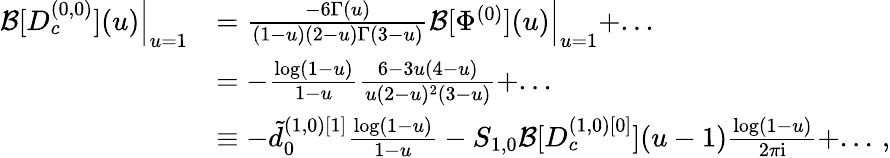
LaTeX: \begin{array}{rl}{\mathcal{B}[D_{c}^{(0,0)}](u)\Big|_{u=1}}&{=\frac{-6\Gamma(u)}{(1-u)(2-u)\Gamma(3-u)}\mathcal{B}[\Phi^{(0)}](u)\Big|_{u=1}+...}\\ &{=-\frac{\log(1-u)}{1-u}\frac{6-3u(4-u)}{u(2-u)^{2}(3-u)}+...}\\ &{\equiv-\tilde{d}_{0}^{(1,0)[1]}\frac{\log(1-u)}{1-u}-S_{1,0}\mathcal{B}[D_{c}^{(1,0)[0]}](u-1)\frac{\log(1-u)}{2\pi\mathrm{i}}+...\, ,}\end{array}